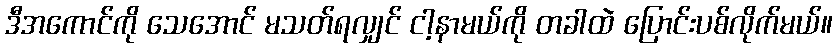
ဒီအကောင်ကို သေအောင် မသတ်ရလျှင် ငါ့နာမယ်ကို တခါထဲ ပြောင်းပစ်လိုက်မယ်။